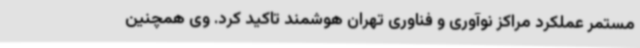
مستمر عملکرد مراکز نوآوری و فناوری تهران هوشمند تاکید کرد. وی همچنین